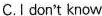
C.Idon't know